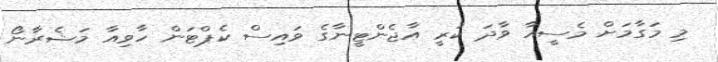
މި މަގާމަށް މެސީއާ ވާދަ ކުރީ އާޖެންޓީނާގެ ވައިސް ކެޕްޓަން ހާވިއާ މަޝެރާނޯ